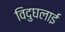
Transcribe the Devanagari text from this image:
विदुघलाई